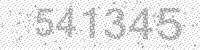
Solution: 541345